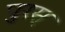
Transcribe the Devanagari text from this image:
पुरस्